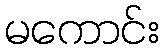
မကောင်း